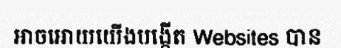
អាចអោយយើងបង្កើត Websites បាន